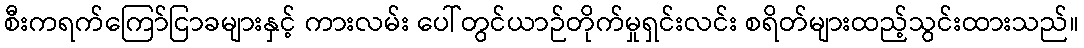
စီးကရက်ကြော်ငြာခများနှင့် ကားလမ်း ပေါ်တွင်ယာဉ်တိုက်မှုရှင်းလင်း စရိတ်များထည့်သွင်းထားသည်။